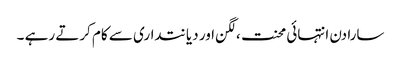
سارا دن انتہائی محنت ،لگن اور دیانتداری سے کام کرتے رہے ۔